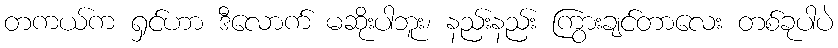
တကယ်က ရှင်ဟာ ဒီလောက် မဆိုးပါဘူး၊ နည်းနည်း ကြွားချင်တာလေး တစ်ခုပါပဲ